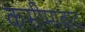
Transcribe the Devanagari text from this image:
कसीमाबाद